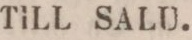
TILL SALU.